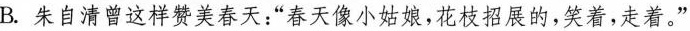
B. 朱自清曾这样赞美春天：aa 春天像小姑娘，花枝招展的，笑着，走着。”